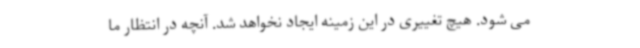
می شود. هیچ تغییری در این زمینه ایجاد نخواهد شد. آنچه در انتظار ما